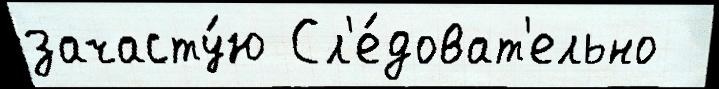
зачасту́ю Сл'е́доват'ельно